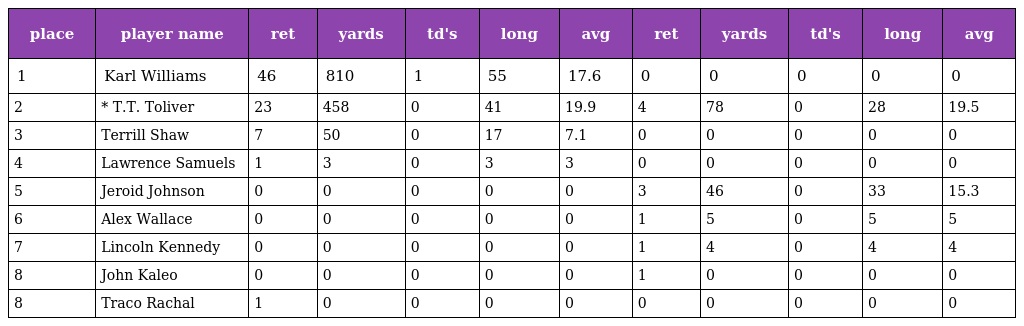
| place | player name | ret | yards | td's | long | avg | ret | yards | td's | long | avg |
 | --- | --- | --- | --- | --- | --- | --- | --- | --- | --- | --- | --- |
 | 1 | Karl Williams | 46 | 810 | 1 | 55 | 17.6 | 0 | 0 | 0 | 0 | 0 |
 | 2 | * T.T. Toliver | 23 | 458 | 0 | 41 | 19.9 | 4 | 78 | 0 | 28 | 19.5 |
 | 3 | Terrill Shaw | 7 | 50 | 0 | 17 | 7.1 | 0 | 0 | 0 | 0 | 0 |
 | 4 | Lawrence Samuels | 1 | 3 | 0 | 3 | 3 | 0 | 0 | 0 | 0 | 0 |
 | 5 | Jeroid Johnson | 0 | 0 | 0 | 0 | 0 | 3 | 46 | 0 | 33 | 15.3 |
 | 6 | Alex Wallace | 0 | 0 | 0 | 0 | 0 | 1 | 5 | 0 | 5 | 5 |
 | 7 | Lincoln Kennedy | 0 | 0 | 0 | 0 | 0 | 1 | 4 | 0 | 4 | 4 |
 | 8 | John Kaleo | 0 | 0 | 0 | 0 | 0 | 1 | 0 | 0 | 0 | 0 |
 | 8 | Traco Rachal | 1 | 0 | 0 | 0 | 0 | 0 | 0 | 0 | 0 | 0 |